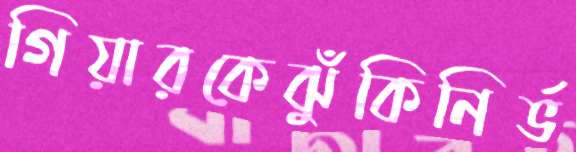
গিয়ারকেঝুঁকিনির্ভ